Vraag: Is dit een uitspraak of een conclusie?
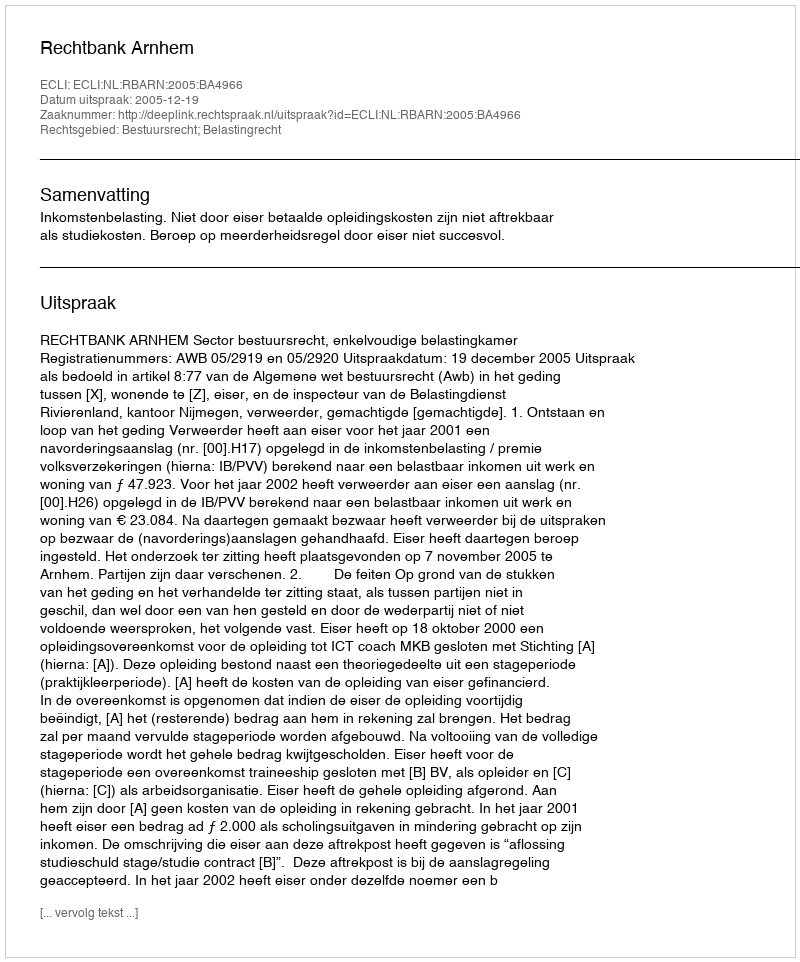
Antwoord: Uitspraak